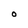
Character: O